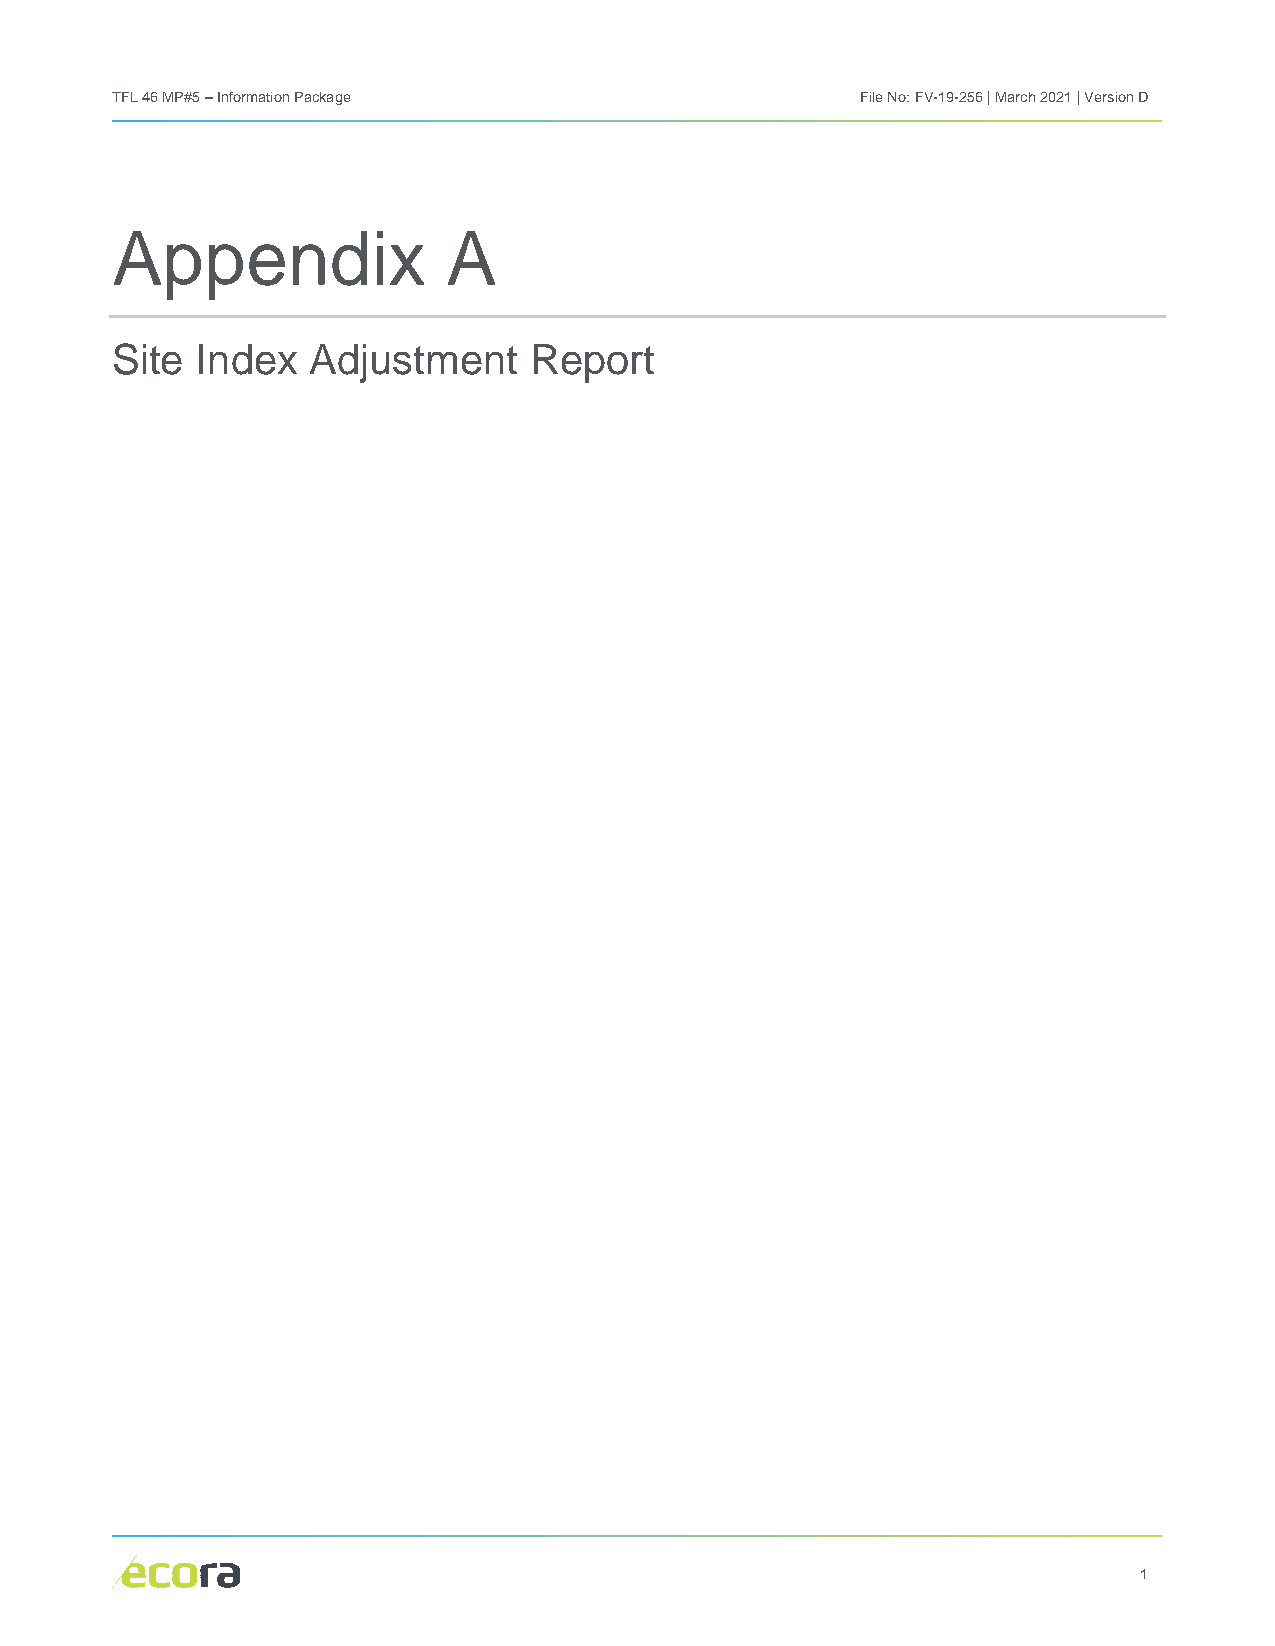
TFL 46 MP#5 – Information Package                 File No: FV-19-256 | March 2021 | Version D
 Appendix               A
 Site  Index   Adjustment    Report
 1